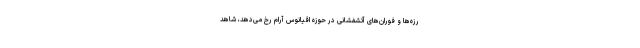
رزه‌ها و فوران‌های آتشفشانی در حوزهٔ اقیانوس آرام رخ می‌دهد، شاهد